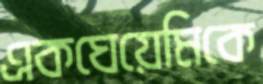
একঘেয়েমিকে